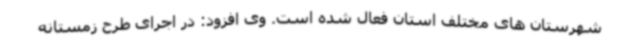
شهرستان های مختلف استان فعال شده است. وی افزود: در اجرای طرح زمستانه